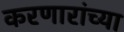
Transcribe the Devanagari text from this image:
करणारांच्या